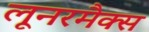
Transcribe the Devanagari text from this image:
लूनरमैक्स